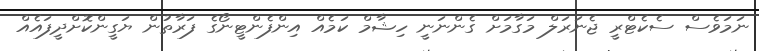
ނަމަވެސް ސެކެޓްރީ ޖެނަރަލް މަގާމަށް ގެންނަނީ ހިޝާމް ކަމެއް އިންފެންޓީނޯގެ ފަރާތުން ޔަގީންކޮށްދީފައެއް